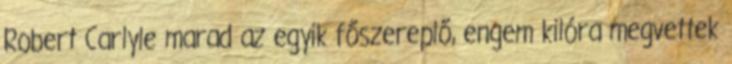
Robert Carlyle marad az egyik főszereplő, engem kilóra megvettek